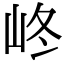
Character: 峂